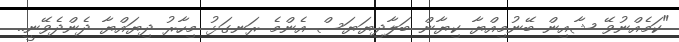
"ކަމެއްނުވޭ ޝާއިން ބޭނުމިއްޔާ ކިޔާން ބަލާދިޔަޔަސް އެންމެ ރަނގަޅު މިހާރު ދިޔައްޔާ ދެންދެވޭނީ..